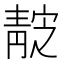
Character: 𱁭